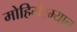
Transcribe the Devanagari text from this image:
मोहिमेरम्यान